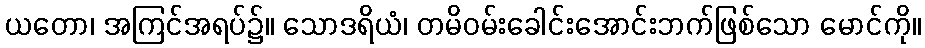
ယတော၊ အကြင်အရပ်၌။ သောဒရိယံ၊ တမိဝမ်းခေါင်းအောင်းဘက်ဖြစ်သော မောင်ကို။